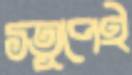
স্তূপেই